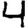
Digit: 4